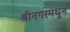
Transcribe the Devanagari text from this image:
श्रीनगरमधून